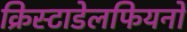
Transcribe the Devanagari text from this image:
क्रिस्टाडेलफियनों